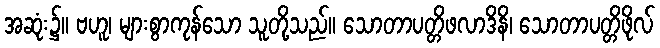
အဆုံး၌။ ဗဟူ၊ များစွာကုန်သော သူတို့သည်။ သောတာပတ္တိဖလာဒိနိ၊ သောတာပတ္တိဖိုလ်